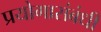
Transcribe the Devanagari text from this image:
प्रयोगासंबंधी